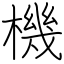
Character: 機